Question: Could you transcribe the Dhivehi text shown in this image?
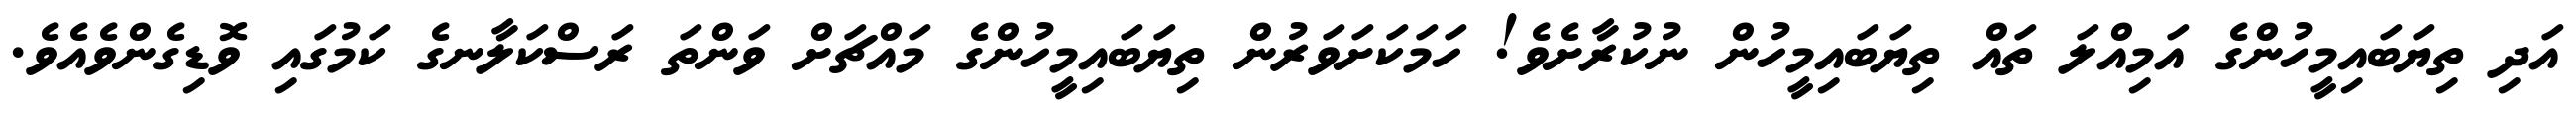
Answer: އަދި ތިޔަބައިމީހުންގެ އަމިއްލަ ތައް ތިޔަބައިމީހުން ނުކުރާށެވެ! ހަމަކަށަވަރުން ތިޔަބައިމީހުންގެ މައްޗަށް ވަންތަ ރަސްކަލާނގެ ކަމުގައި ވޮޑިގެންވެއެވެ.